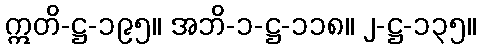
ဣတိ-ဋ္ဌ-၁၉၅။ အဘိ-၁-ဋ္ဌ-၁၁၈။ ၂-ဋ္ဌ-၁၃၅။